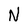
Character: N